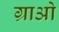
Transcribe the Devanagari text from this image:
ग्राओ